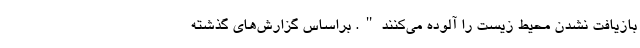
بازیافت نشدن محیط زیست را آلوده می‌کنند". براساس گزارش‌های گذشته